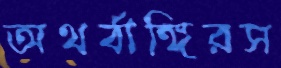
অথর্বাঙ্গিরস